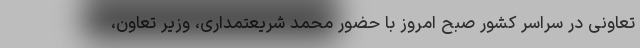
تعاونی در سراسر کشور صبح امروز با حضور محمد شریعتمداری، وزیر تعاون،